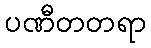
ပဏီတတရာ